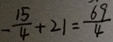
- \frac { 1 5 } { 4 } + 2 1 = \frac { 6 9 } { 4 }